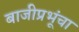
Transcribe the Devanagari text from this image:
बाजीप्रभूंचा